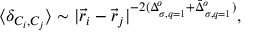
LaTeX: \langle \delta _ { { \cal { C } } _ { i } , { \cal { C } } _ { j } } \rangle \sim | { \vec { r } } _ { i } - { \vec { r } } _ { j } | ^ { - 2 ( \Delta _ { \sigma , q = 1 } ^ { o } + { \bar { \Delta } } _ { \sigma , q = 1 } ^ { o } ) } ,